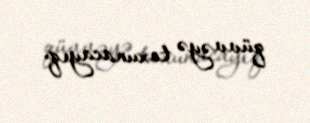
qüvvəyə toxunacayıq.